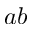
a b